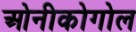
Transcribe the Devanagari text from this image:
ओनीकोगोल